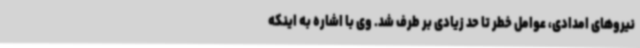
نیروهای امدادی، عوامل خطر تا حد زیادی بر طرف شد. وی با اشاره به اینکه